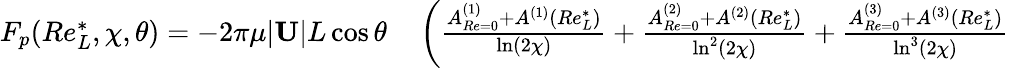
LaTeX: \begin{array}{rl}{F_{p}(Re_{L}^{*},\chi,\theta)=-2\pi\mu|\mathbf{U}|L\cos\theta}&{{}\left(\frac{A_{Re=0}^{(1)}+A^{(1)}(Re_{L}^{*})}{\ln(2\chi)}+\frac{A_{Re=0}^{(2)}+A^{(2)}(Re_{L}^{*})}{\ln^{2}(2\chi)}+\frac{A_{Re=0}^{(3)}+A^{(3)}(Re_{L}^{*})}{\ln^{3}(2\chi)}\right.}\end{array}